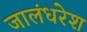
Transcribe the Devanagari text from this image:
जालंधरेश